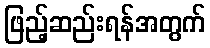
ဖြည့်ဆည်းရန်အတွက်